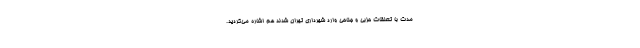
مدت با تعلقات حزبی و جناحی وارد شهرداری تهران شدند هم اشاره می‌کردید.